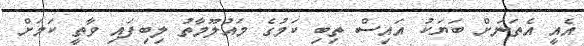
އެއީ އެތަނަށް ބަޔަކު އައިސް ތިބި ކަމުގެ މައުލޫމާތު ލިބިފައި ވާތީ ކަމަށް